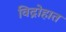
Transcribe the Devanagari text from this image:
विद्रोहात